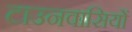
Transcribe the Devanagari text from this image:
टाउनवासियों